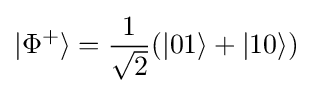
|\Phi ^{+}\rangle ={\frac {1}{\sqrt {2}}}(|01\rangle +|10\rangle )